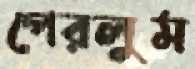
পেরলুম